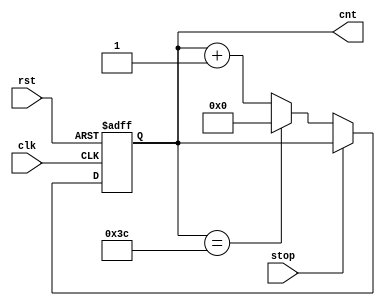
module counter (clk,cnt,rst,stop);

input clk,rst,stop;//stop

parameter N = 5;//660
output reg [N:0] cnt;

always @ (posedge clk or posedge rst)

	if (rst) begin
		cnt <= 0;
	end
	
	else begin 
	if (stop ==0) begin //
			if (cnt == 60) cnt <= 0; 
			else cnt <= cnt + 1;
		end
		else
			cnt <= cnt;
	end
	
endmodule